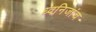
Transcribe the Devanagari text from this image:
ध्वनिजांच